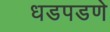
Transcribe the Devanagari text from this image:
धडपडणे